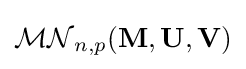
{\mathcal {MN}}_{n,p}(\mathbf {M} ,\mathbf {U} ,\mathbf {V} )